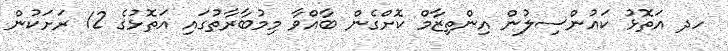
ހދ އަތޮޅު ކައުންސިލުން އިންތިޒާމް ކޮށްގެން ބާއްވާ މިމުބާރާތުގައި އަތޮޅުގެ 12 ރަށަކުން